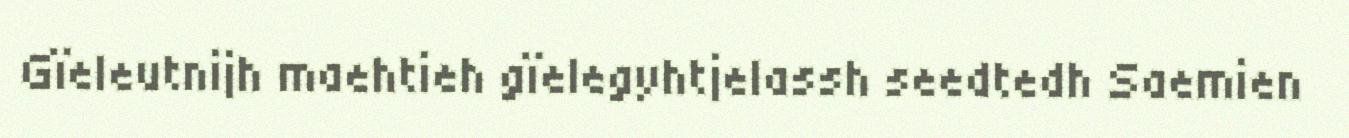
Gïeleutnijh maehtieh gïelegyhtjelassh seedtedh Saemien